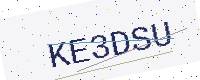
Text: KE3DSU